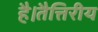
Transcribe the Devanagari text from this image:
है।तैत्तिरीय